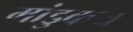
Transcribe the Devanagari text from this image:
मांडुकय